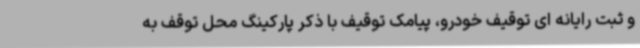
و ثبت رایانه ای توقیف خودرو، پیامک توقیف با ذکر پارکینگ محل توقف به